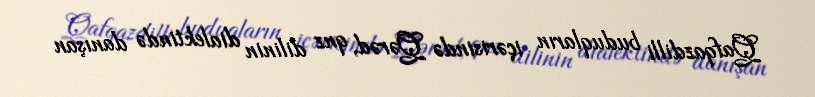
Qafqazdilli buduqların içərisində Qərəd, qnz dilinin dialektində danışan